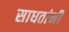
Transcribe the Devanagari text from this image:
साधतांनी